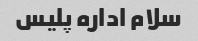
سلام اداره پلیس